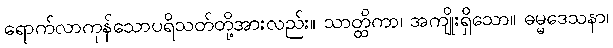
ရောက်လာကုန်သောပရိသတ်တို့အားလည်း။ သာတ္ထိကာ၊ အကျိုးရှိသော။ ဓမ္မဒေသနာ၊